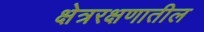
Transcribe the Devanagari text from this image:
क्षेत्ररक्षणातील